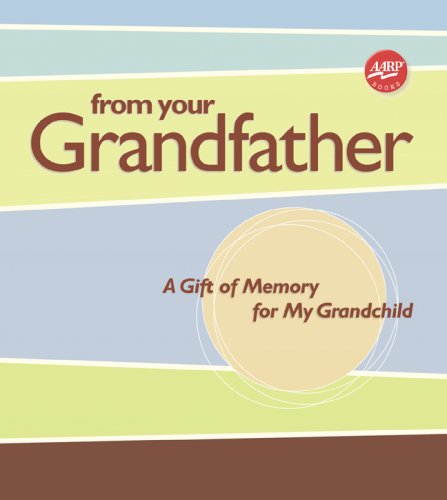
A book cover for From Your Grandfather: A Gift of Memory for My Grandchild (AARPÂ®); Lark; Parenting & Relationships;